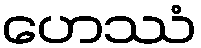
ဟေဿံ